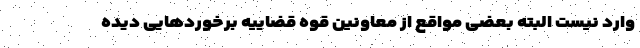
وارد نیست البته بعضی مواقع از معاونین قوه قضاییه برخوردهایی دیده